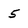
Character: 5